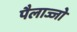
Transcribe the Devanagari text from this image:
पैलाज्जो